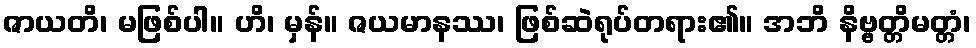
ဇာယတိ၊ မဖြစ်ပါ။ ဟိ၊ မှန်။ ဇယမာနဿ၊ ဖြစ်ဆဲရုပ်တရား၏။ အဘိ နိဗ္ဗတ္တိမတ္တံ၊